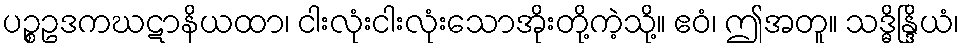
ပဉ္စဥဒကဃဋာနိယထာ၊ ငါးလုံးငါးလုံးသောအိုးတို့ကဲ့သို့။ ဧဝံ၊ ဤအတူ။ သဒ္ဓိန္ဒြိယံ၊